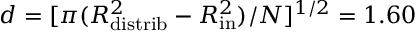
d = [ \pi ( R _ { \mathrm { d i s t r i b } } ^ { 2 } - R _ { \mathrm { i n } } ^ { 2 } ) / N ] ^ { 1 / 2 } = 1 . 6 0